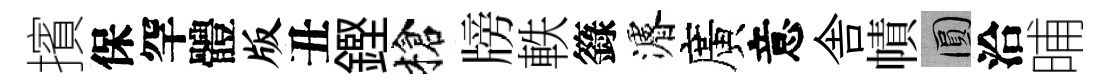
擯保罕體版丑鏗槍牓軼籙濬廣意舎幘圓洽晡